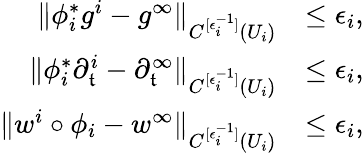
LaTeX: \begin{array}{rl}{\Vert\phi_{i}^{*}g^{i}-g^{\infty}\Vert_{C^{[\epsilon_{i}^{-1}]}(U_{i})}}&{\leq\epsilon_{i},}\\ {\Vert\phi_{i}^{*}\partial_{\mathfrak{t}}^{i}-\partial_{\mathfrak{t}}^{\infty}\Vert_{C^{[\epsilon_{i}^{-1}]}(U_{i})}}&{\leq\epsilon_{i},}\\ {\Vert w^{i}\circ\phi_{i}-w^{\infty}\Vert_{C^{[\epsilon_{i}^{-1}]}(U_{i})}}&{\leq\epsilon_{i},}\end{array}